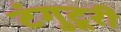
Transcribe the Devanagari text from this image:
टंगुटूरी